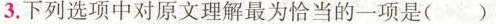
3.下列选项中对原文理解最为恰当的一项是()